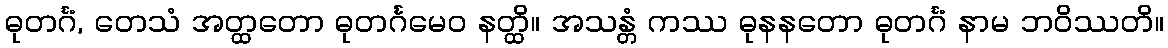
ဓုတင်္ဂံ, တေသံ အတ္ထတော ဓုတင်္ဂမေဝ နတ္ထိ။ အသန္တံ ကဿ ဓုနနတော ဓုတင်္ဂံ နာမ ဘဝိဿတိ။